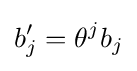
b_{j}'=\theta ^{j}b_{j}